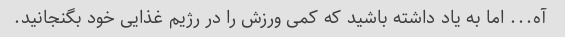
آه... اما به یاد داشته باشید که کمی ورزش را در رژیم غذایی خود بگنجانید.